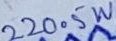
Text: 220.5W